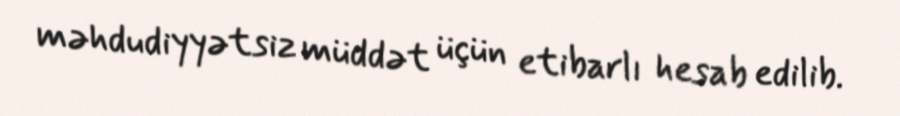
məhdudiyyətsiz müddət üçün etibarlı hesab edilib.